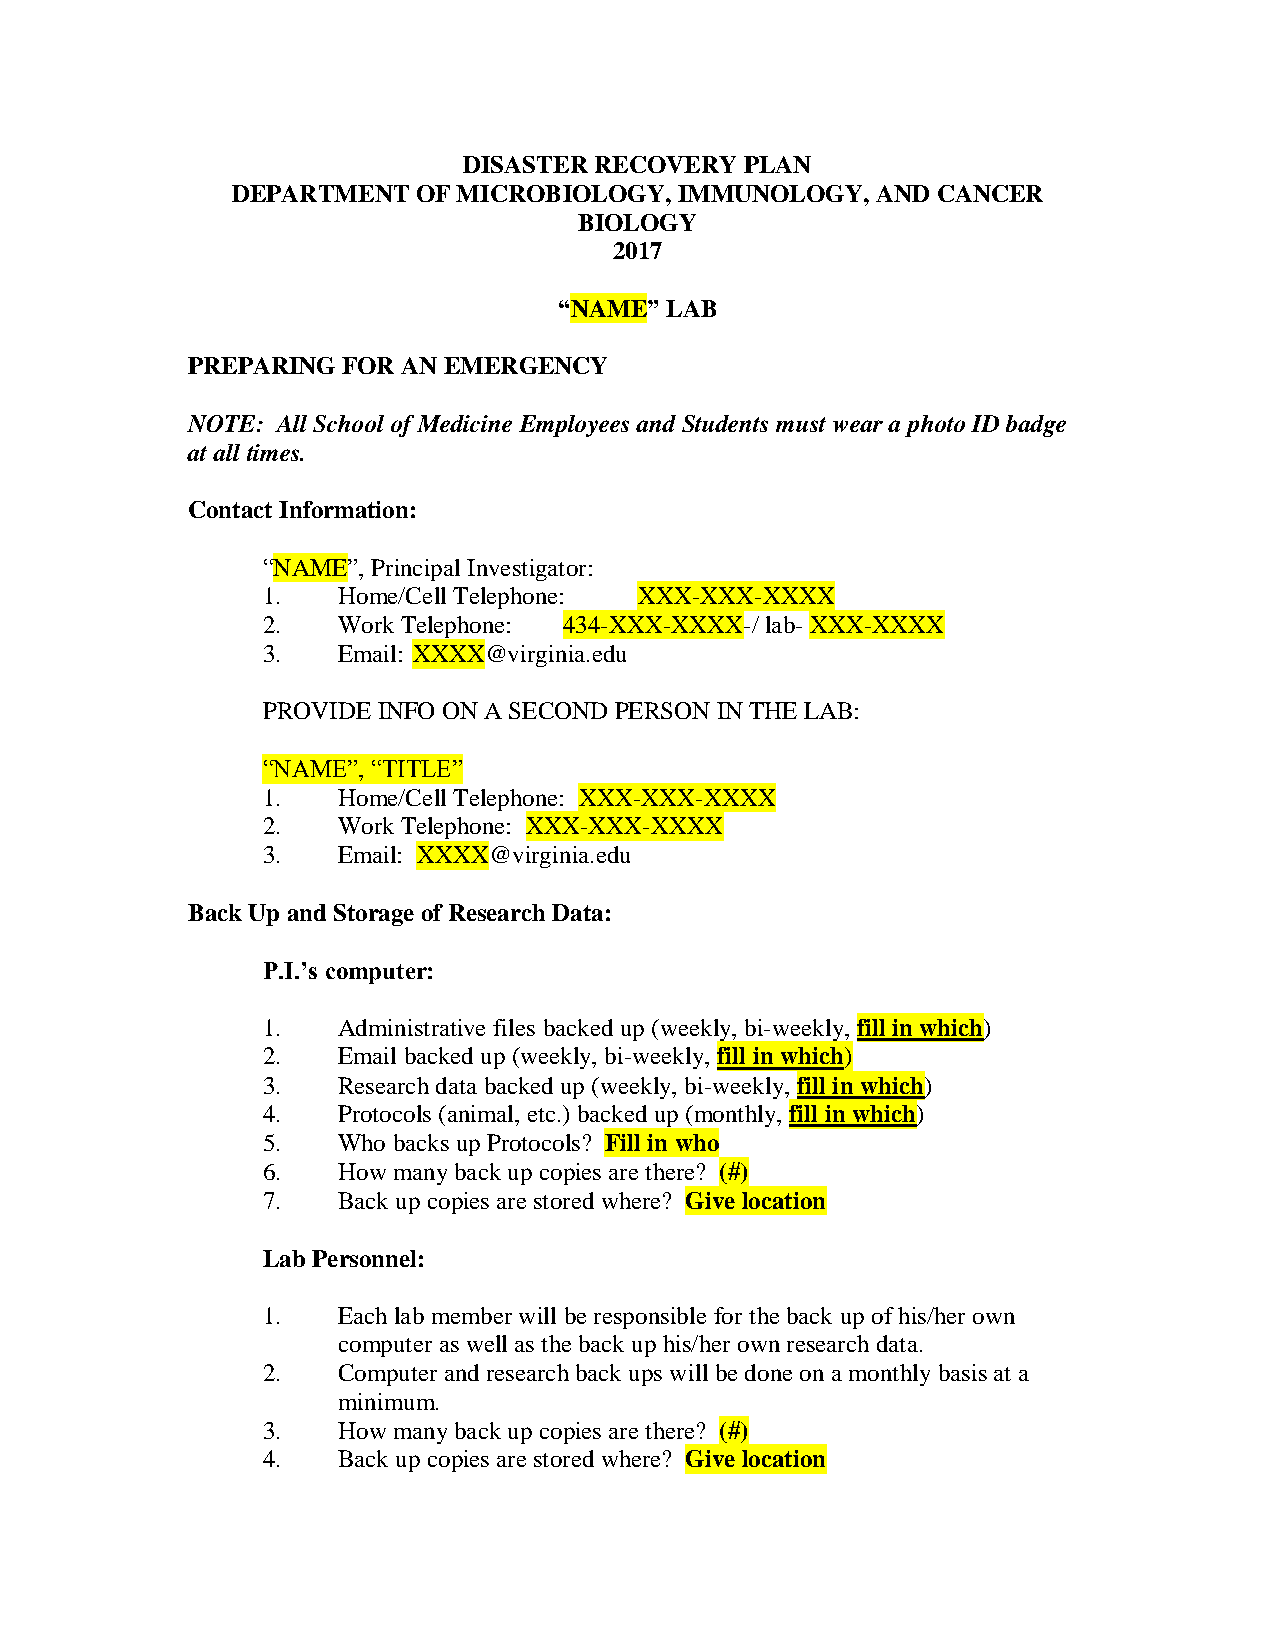
DISASTER RECOVERY PLAN
 DEPARTMENT   OF MICROBIOLOGY, IMMUNOLOGY,  AND CANCER
 BIOLOGY
 2017
 “NAME” LAB
 PREPARING  FOR AN EMERGENCY
 NOTE: All School of Medicine Employees and Students must wear a photo ID badge
 at all times.
 Contact Information:
 “NAME”, Principal Investigator:
 1.   Home/Cell Telephone: XXX-XXX-XXXX
 2.   Work Telephone: 434-XXX-XXXX-/ lab- XXX-XXXX
 3.   Email: XXXX@virginia.edu
 PROVIDE INFO ON A SECOND PERSON IN THE LAB:
 “NAME”, “TITLE”
 1.   Home/Cell Telephone: XXX-XXX-XXXX
 2.   Work Telephone: XXX-XXX-XXXX
 3.   Email: XXXX@virginia.edu
 Back Up and Storage of Research Data:
 P.I.’s computer:
 1.   Administrative files backed up (weekly, bi-weekly, fill in which)
 2.   Email backed up (weekly, bi-weekly, fill in which)
 3.   Research data backed up (weekly, bi-weekly, fill in which)
 4.   Protocols (animal, etc.) backed up (monthly, fill in which)
 5.   Who backs up Protocols? Fill in who
 6.   How many back up copies are there? (#)
 7.   Back up copies are stored where? Give location
 Lab Personnel:
 1.   Each lab member will be responsible for the back up of his/her own
 computer as well as the back up his/her own research data.
 2.   Computer and research back ups will be done on a monthly basis at a
 minimum.
 3.   How many back up copies are there? (#)
 4.   Back up copies are stored where? Give location